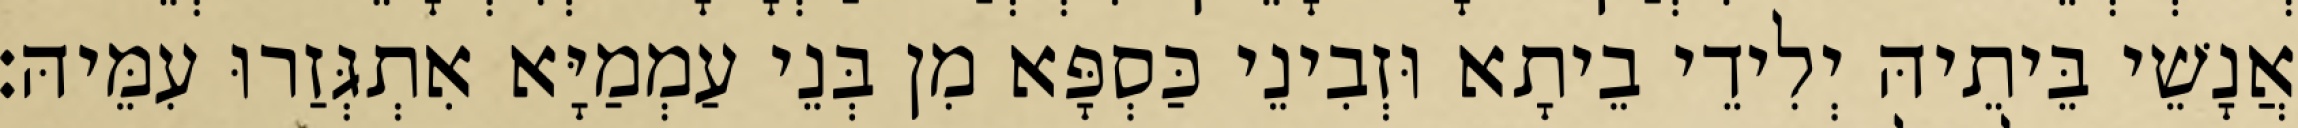
אֲנָשֵׁי בֵּיתֵיהּ יְלִידֵי בֵיתָא וּזְבִינֵי כַּסְפָּא מִן בְּנֵי עַמְמַיָּא אִתְגְּזַרוּ עִמֵּיהּ׃